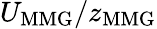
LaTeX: U_{\mathrm{MMG}}/z_{\mathrm{MMG}}